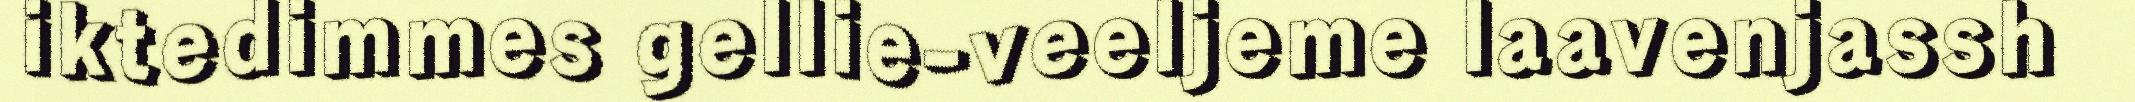
iktedimmes gellie-veeljeme laavenjassh